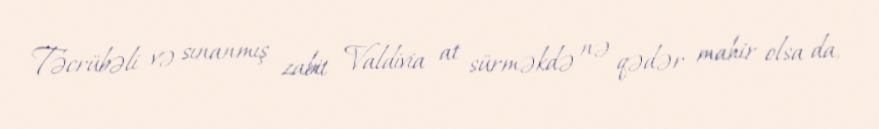
Təcrübəli və sınanmış zabit Valdivia at sürməkdə nə qədər mahir olsa da,